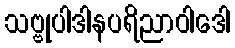
သဗ္ဗုပါဒါနပရိညာဝါဒေါ